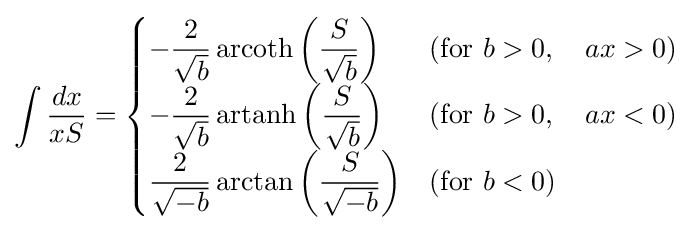
\int {\frac {dx}{xS}}={\begin{cases}-{\dfrac {2}{\sqrt {b}}}\operatorname {arcoth} \left({\dfrac {S}{\sqrt {b}}}\right)&{\mbox{(for }}b>0,\quad ax>0{\mbox{)}}\\-{\dfrac {2}{\sqrt {b}}}\operatorname {artanh} \left({\dfrac {S}{\sqrt {b}}}\right)&{\mbox{(for }}b>0,\quad ax<0{\mbox{)}}\\{\dfrac {2}{\sqrt {-b}}}\arctan \left({\dfrac {S}{\sqrt {-b}}}\right)&{\mbox{(for }}b<0{\mbox{)}}\\\end{cases}}